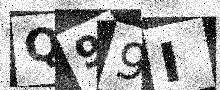
Text: Q99I